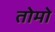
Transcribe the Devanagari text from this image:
तोमो